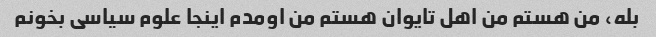
بله، من هستم من اهل تایوان هستم من اومدم اینجا علوم سیاسی بخونم